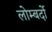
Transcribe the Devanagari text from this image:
लोम्बर्दो